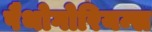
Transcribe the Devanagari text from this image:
पैथोगोरियन्स